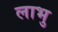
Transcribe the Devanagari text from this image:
लाभु